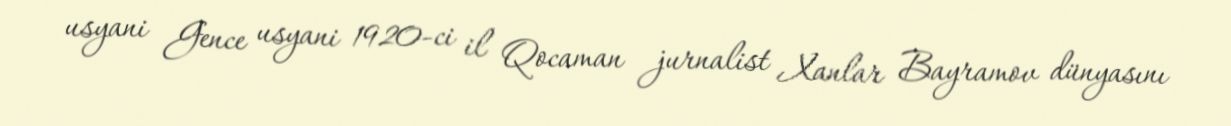
usyani Gence usyani 1920-ci il Qocaman jurnalist Xanlar Bayramov dünyasını